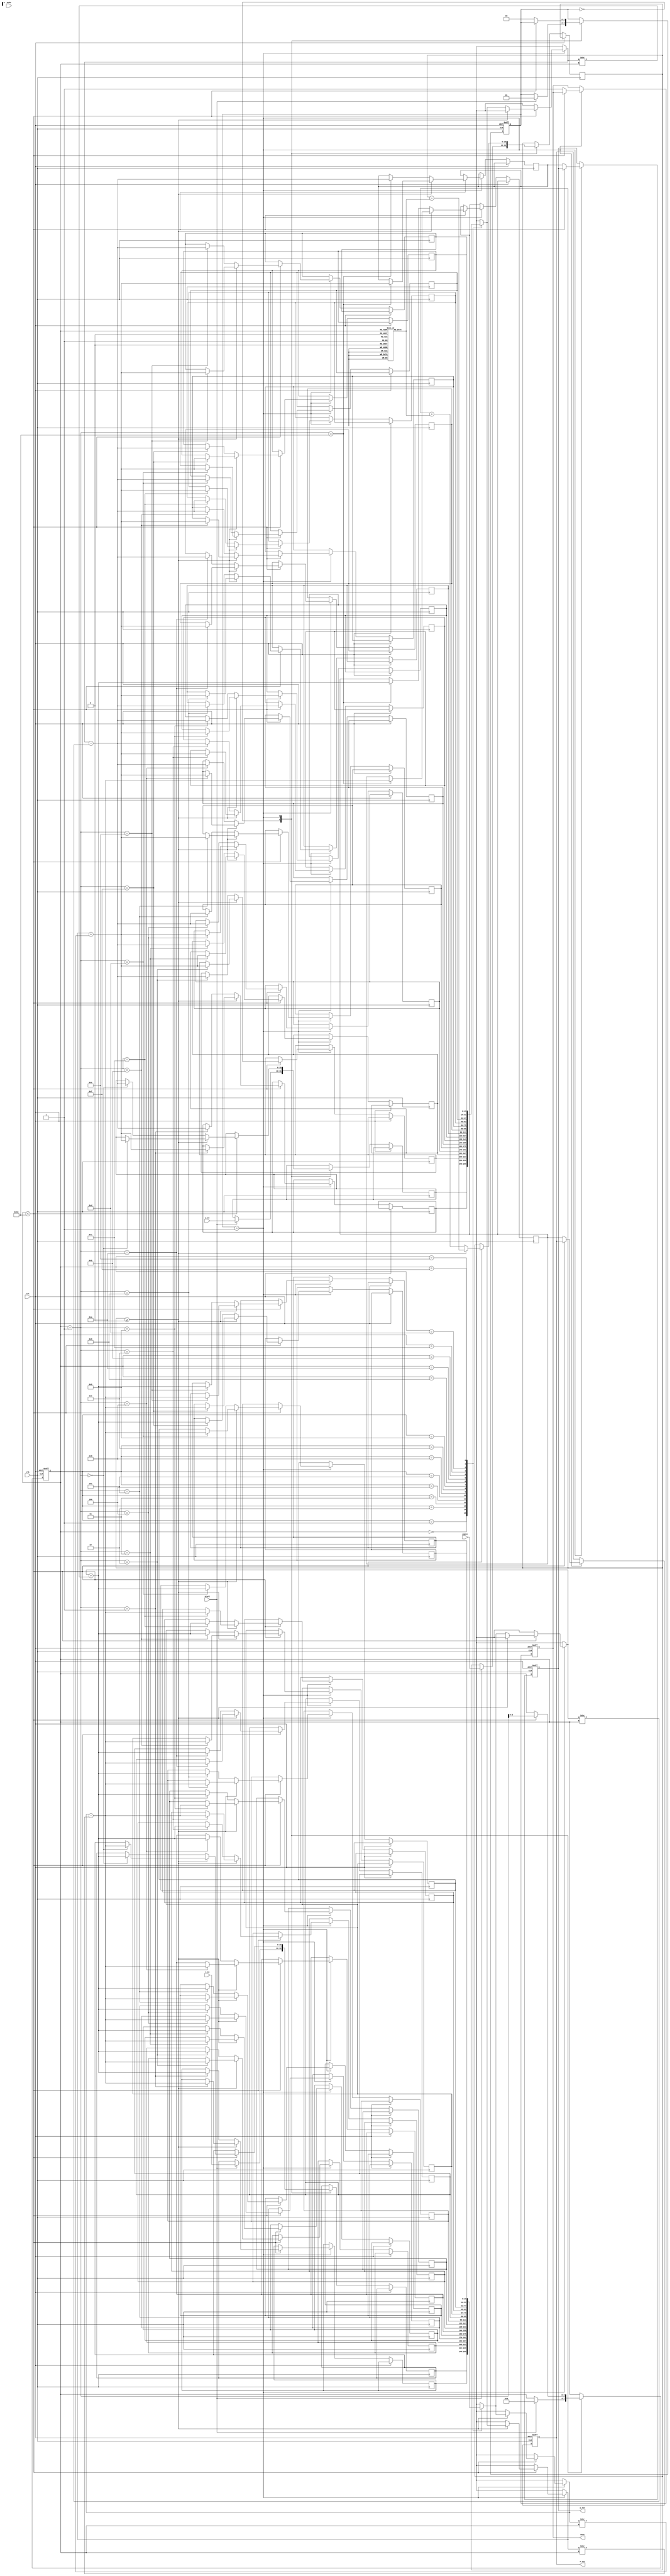
module cordic (
    input wire clk,
    input wire rst,
    input wire start,
    input wire [15:0] angle, // Input angle in fixed-point format
    input wire [15:0] x_in,  // Input x-coordinate
    input wire [15:0] y_in,  // Input y-coordinate
    input wire [1:0] mode,    // Operation mode: 00 - Rotation, 01 - Vectoring
    output reg [15:0] x_out,  // Output x-coordinate
    output reg [15:0] y_out,  // Output y-coordinate
    output reg done           // Operation done signal
);

    // CORDIC parameters
    parameter NUM_ITERATIONS = 16;
    reg [15:0] angle_table [0:NUM_ITERATIONS-1]; // Rotation angles
    reg [15:0] x [0:NUM_ITERATIONS]; // x values during iterations
    reg [15:0] y [0:NUM_ITERATIONS]; // y values during iterations
    reg [15:0] z; // Remaining angle
    reg [3:0] iter; // Iteration counter
    reg [1:0] state; // State machine

    // Initialize angle table (arctan values)
    initial begin
        angle_table[0] = 16'h26DD; // atan(1) in fixed-point
        angle_table[1] = 16'h1C71; // atan(0.5)
        angle_table[2] = 16'h14AE; // atan(0.25)
        angle_table[3] = 16'h0D8E; // atan(0.125)
        // ... Fill in the rest of the table
    end

    // State machine for CORDIC operation
    always @(posedge clk or posedge rst) begin
        if (rst) begin
            state <= 0;
            iter <= 0;
            done <= 0;
            x_out <= 0;
            y_out <= 0;
        end else begin
            case (state)
                0: begin // Idle state
                    if (start) begin
                        x[0] <= x_in;
                        y[0] <= y_in;
                        z <= angle;
                        iter <= 0;
                        state <= 1; // Move to processing state
                    end
                end
                1: begin // Processing state
                    if (iter < NUM_ITERATIONS) begin
                        // CORDIC rotation logic
                        if (z >= 0) begin
                            x[iter + 1] <= x[iter] - (y[iter] >> iter);
                            y[iter + 1] <= y[iter] + (x[iter] >> iter);
                            z <= z - angle_table[iter];
                        end else begin
                            x[iter + 1] <= x[iter] + (y[iter] >> iter);
                            y[iter + 1] <= y[iter] - (x[iter] >> iter);
                            z <= z + angle_table[iter];
                        end
                        iter <= iter + 1;
                    end else begin
                        // Final output
                        x_out <= x[NUM_ITERATIONS];
                        y_out <= y[NUM_ITERATIONS];
                        done <= 1; // Operation complete
                        state <= 0; // Go back to idle
                    end
                end
            endcase
        end
    end

endmodule